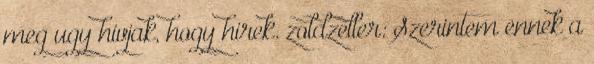
meg ugy hivjak, hogy hirek. zoldzeller: Szerintem ennek a